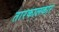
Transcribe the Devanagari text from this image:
तारकालकार